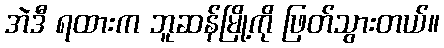
အဲဒီ ရထားက ဘူဆန်မြို့ကို ဖြတ်သွားတယ်။